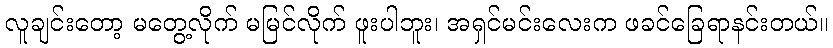
လူချင်းတော့ မတွေ့လိုက် မမြင်လိုက် ဖူးပါဘူး၊ အရှင်မင်းလေးက ဖခင်ခြေရာနင်းတယ်။